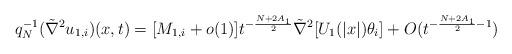
LaTeX: \begin{align*}q_N^{-1}(\tilde{\nabla}^2 u_{1,i})(x,t)=[M_{1,i}+o(1)]t^{-\frac{N+2A_1}{2}}\tilde{\nabla}^2[U_1(|x|)\theta_i]+O(t^{-\frac{N+2A_1}{2}-1})\end{align*}